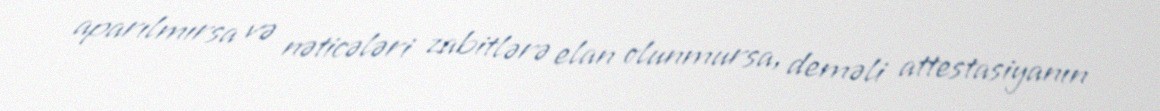
aparılmırsa və nəticələri zabitlərə elan olunmursa, deməli attestasiyanın